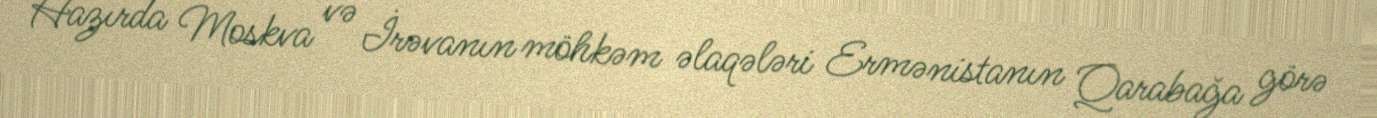
Hazırda Moskva və İrəvanın möhkəm əlaqələri Ermənistanın Qarabağa görə